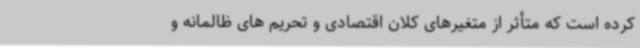
کرده است که متأثر از متغیرهای کلان اقتصادی و تحریم های ظالمانه و